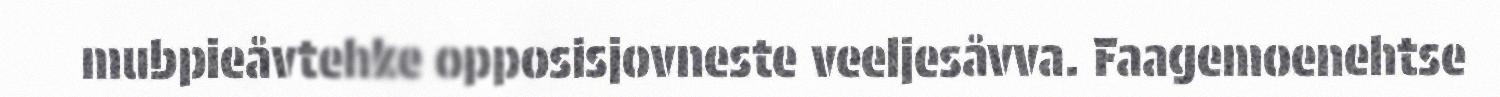
mubpieåvtehke opposisjovneste veeljesåvva. Faagemoenehtse